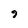
Character: 9